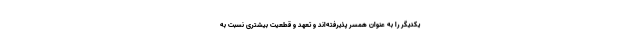
یکدیگر را به عنوان همسر پذیرفته‌اند و تعهد و قطعیت بیشتری نسبت به